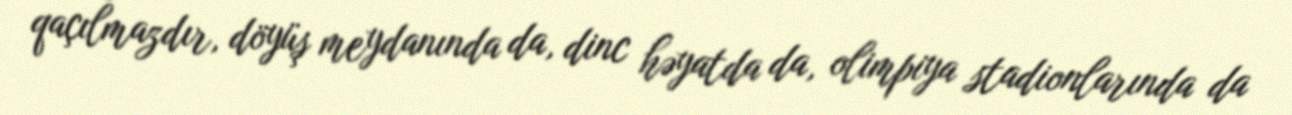
qaçılmazdır, döyüş meydanında da, dinc həyatda da, olimpiya stadionlarında da